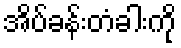
အိပ်ခန်းတံခါးကို